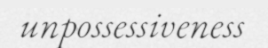
unpossessiveness